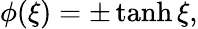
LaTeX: \phi(\xi)=\pm\operatorname{tanh}\xi,